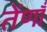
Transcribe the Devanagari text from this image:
तेंणाँ